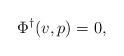
LaTeX: \begin{align*}\Phi^\dagger(v,p) = 0,\end{align*}